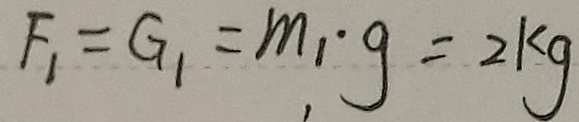
F _ { 1 } = G _ { 1 } = m _ { 1 } \cdot g = 2 k g